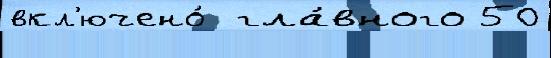
вкл'ючено́  гла́вного 50